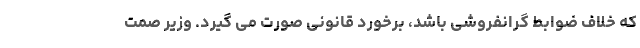
که خلاف ضوابط گرانفروشی باشد، برخورد قانونی صورت می گیرد. وزیر صمت